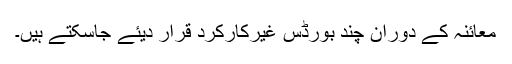
معائنہ کے دوران چند بورڈس غیرکارکرد قرار دیئے جاسکتے ہیں۔